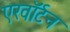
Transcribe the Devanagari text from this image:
एरवॉर्टन